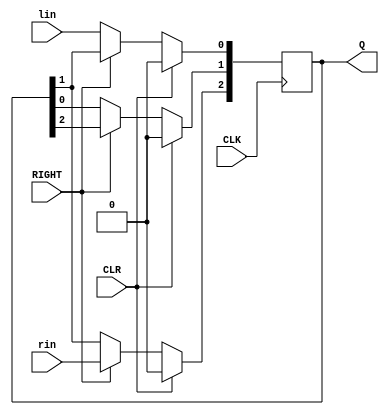
`timescale 1ns / 1ps
//////////////////////////////////////////////////////////////////////////////////
// Company: 
// Engineer: 
// 
// Design Name: 
// Module Name: bi_directional_shift_register
// Project Name: 
// Target Devices: 
// Tool Versions: 
// Description: 
// 
// Dependencies: 
// 
// Revision:
// Revision 0.01 - File Created
// Additional Comments:
// 
//////////////////////////////////////////////////////////////////////////////////


module bi_directional_shift_register(Q,RIGHT,rin,lin,CLK,CLR);
    input RIGHT,rin,lin,CLK,CLR;
    output reg [2:0]Q;
    always @(posedge CLK)
    begin
    if(CLR)
    Q = 3'b000;
    else
    begin
        if(RIGHT)
        begin
        Q[2] <= rin; Q[1] <= Q[2]; Q[0] <= Q[1];
        end
        else if (~RIGHT)
        begin
        Q[0] <= lin; Q[1] <= Q[0]; Q[2] <= Q[1];
        end
      end
    end
    initial Q = 3'b000;
endmodule